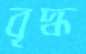
বৃদ্ধ